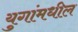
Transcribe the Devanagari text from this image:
युगांमधील